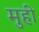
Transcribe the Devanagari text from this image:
मुही